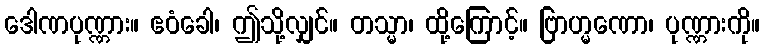
ဒေါဏပုဏ္ဏား။ ဧဝံခေါ၊ ဤသို့လျှင်။ တသ္မာ၊ ထို့ကြောင့်။ ဗြာဟ္မဏော၊ ပုဏ္ဏားကို။